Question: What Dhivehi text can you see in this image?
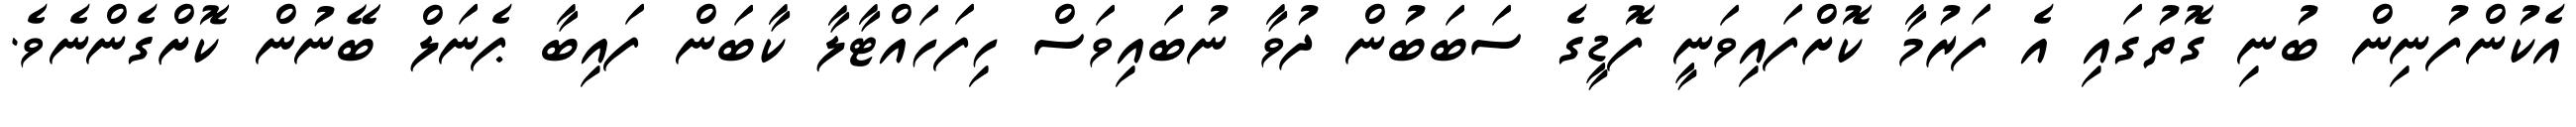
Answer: އެކުންފުނިން ބުނި ގޮތުގައި އެ ފަރުމާ ކޮށްފައިވަނީ ފޮޑީގެ ސަބަބުން ދުވާ ނުބައިވަސް ހިފަހައްޓާލާ ކާބަން ފައިބާ ޕެނަލް ބޭނުން ކޮށްގެންނެވެ.